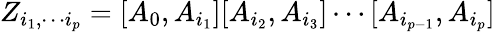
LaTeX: Z_{i_{1},\cdots i_{p}}=[A_{0},A_{i_{1}}][A_{i_{2}},A_{i_{3}}]\cdots[A_{i_{p-1}},A_{i_{p}}]